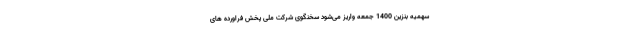
سهمیه بنزین 1400 جمعه واریز می‌شود سخنگوی شرکت ملی پخش فراورده های